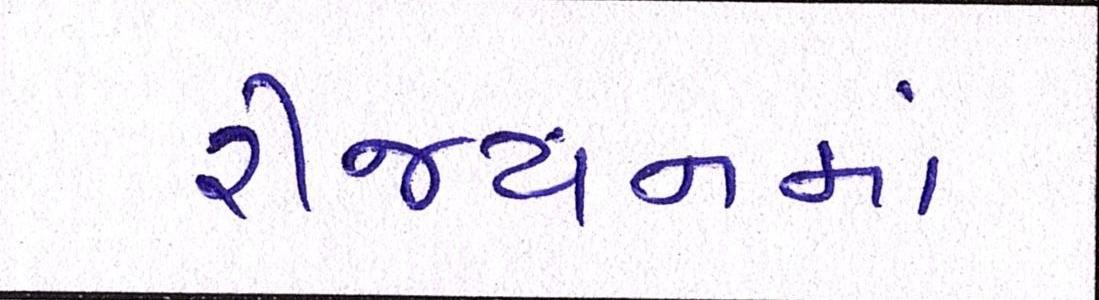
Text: રીજયનમાં